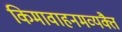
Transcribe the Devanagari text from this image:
किमावाहनमव्यक्तै